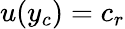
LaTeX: u(y_{c})=c_{r}